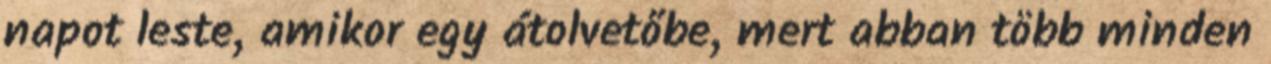
napot leste, amikor egy átolvetőbe, mert abban több minden